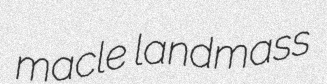
macle landmass